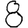
Digit: 8